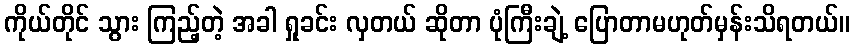
ကိုယ်တိုင် သွား ကြည့်တဲ့ အခါ ရှုခင်း လှတယ် ဆိုတာ ပုံကြီးချဲ့ ပြောတာမဟုတ်မှန်းသိရတယ်။